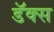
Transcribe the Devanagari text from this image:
डॅक्स